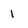
Character: 1